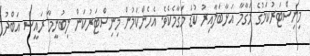
މިނިސްޓަރުކަމުގެ މަގާމާ އަޅާބަލާއިރު ކުޑަ މަގާމެކެވެ. އެހެންކަމުން މިނިސްޓަރުކަން ލިބުނީމާ ރައީސް އަބްދު